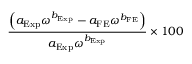
\displaystyle \frac { \left( a _ { \mathrm { E x p } } \omega ^ { b _ { \mathrm { E x p } } } - a _ { \mathrm { F E } } \omega ^ { b _ { \mathrm { F E } } } \right) } { a _ { \mathrm { E x p } } \omega ^ { b _ { \mathrm { E x p } } } } \times 1 0 0